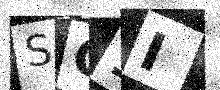
Text: SG1I